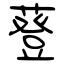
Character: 䔲